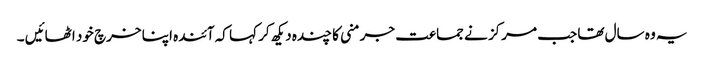
یہ وہ سال تھا جب مرکز نے جماعت جرمنی کا چندہ دیکھ کر کہا کہ آئندہ اپنا خرچ خود اٹھائیں ۔